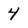
Character: 4